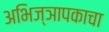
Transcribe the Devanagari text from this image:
अभिज्ञापकाचा